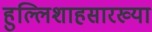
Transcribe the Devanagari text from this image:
हुल्लिशाहसारख्या